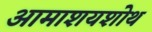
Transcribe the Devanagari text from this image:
आमाशयशोथ